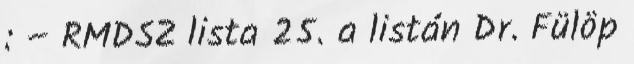
: – RMDSZ lista 25. a listán Dr. Fülöp